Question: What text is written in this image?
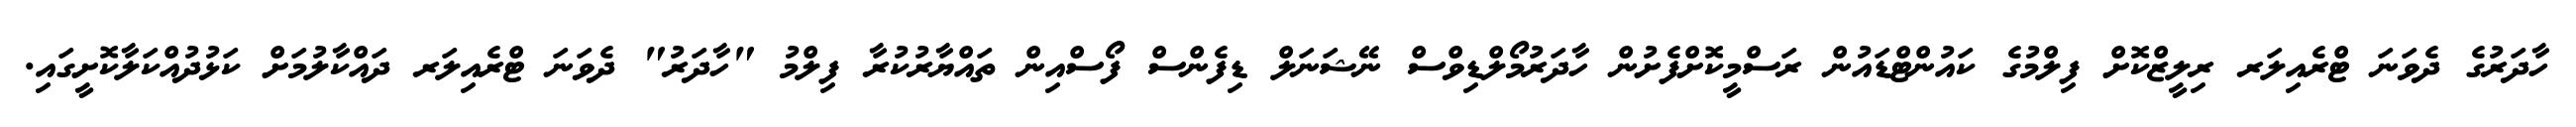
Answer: ހާދަރުގެ ދެވަނަ ޓްރެއިލަރ ރިލީޒްކޮށް ފިލްމުގެ ކައުންޓްޑައުން ރަސްމީކޮށްފެށުން ހާދަރުމޯލްޑިވްސް ނޭޝަނަލް ޑިފެންސް ފޯސްއިން ތައްޔާރުކުރާ ފިލްމު "ހާދަރު" ދެވަނަ ޓްރެއިލަރ ދައްކާލުމަށް ކަޅުދުއްކަލާކޮށީގައި.